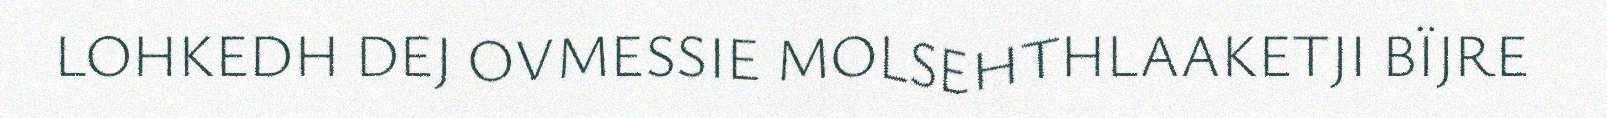
LOHKEDH DEJ OVMESSIE MOLSEHTHLAAKETJI BÏJRE